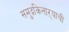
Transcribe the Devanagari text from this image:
समुद्रकिनाऱ्याची